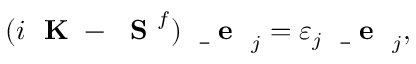
( i \mathrm { ~ \bf ~ K ~ } - \mathrm { ~ \bf ~ S ~ } ^ { f } ) \mathrm { ~ \bf ~ \underline { ~ } { ~ e ~ } ~ } _ { j } = \varepsilon _ { j } \mathrm { ~ \bf ~ \underline { ~ } { ~ e ~ } ~ } _ { j } ,